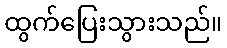
ထွက်ပြေးသွားသည်။